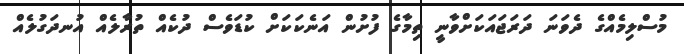
މުސްލިމެއްގެ ދެވަނަ ދަރަޖައަކަށްވާނީ ތިމާގެ ފުށުން އަނެކަކަށް ކުޑަވެސް ދުކެއް ތުރާލެއް އުނދަގުލެއް